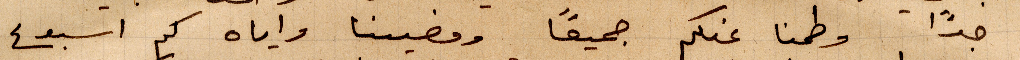
جدًا وطمنا عنكم جميعًا ومضينا واياه كم أسبوع